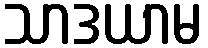
သာဒယာမ